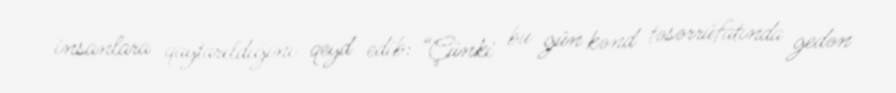
insanlara qaytarıldığını qeyd edib: “Çünki bu gün kənd təsərrüfatında gedən